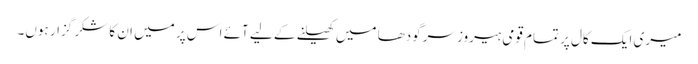
میری ایک کال پر تمام قومی ہیروز سرگودھا میں کھیلنے کے لیے آئے اس پر میں ان کا شکر گزار ہوں۔